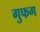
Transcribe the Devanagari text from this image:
गुफग